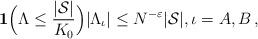
LaTeX: \begin{align*}\mathbf{1}\Big(\Lambda\leq \frac{|\mathcal{S}|}{K_0}\Big) |\Lambda_\iota| \leq N^{-\varepsilon} |\mathcal{S}|,\iota=A, B \,,\end{align*}